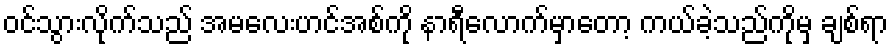
ဝင်သွားလိုက်သည် အမလေးဟင်အစ်ကို နာရီလောက်မှာတော့ ကယ်ခဲ့သည်ကိုမှ ချစ်ရာ